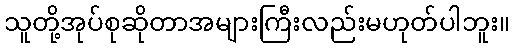
သူတို့အုပ်စုဆိုတာအများကြီးလည်းမဟုတ်ပါဘူး။